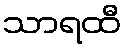
သာရထီ